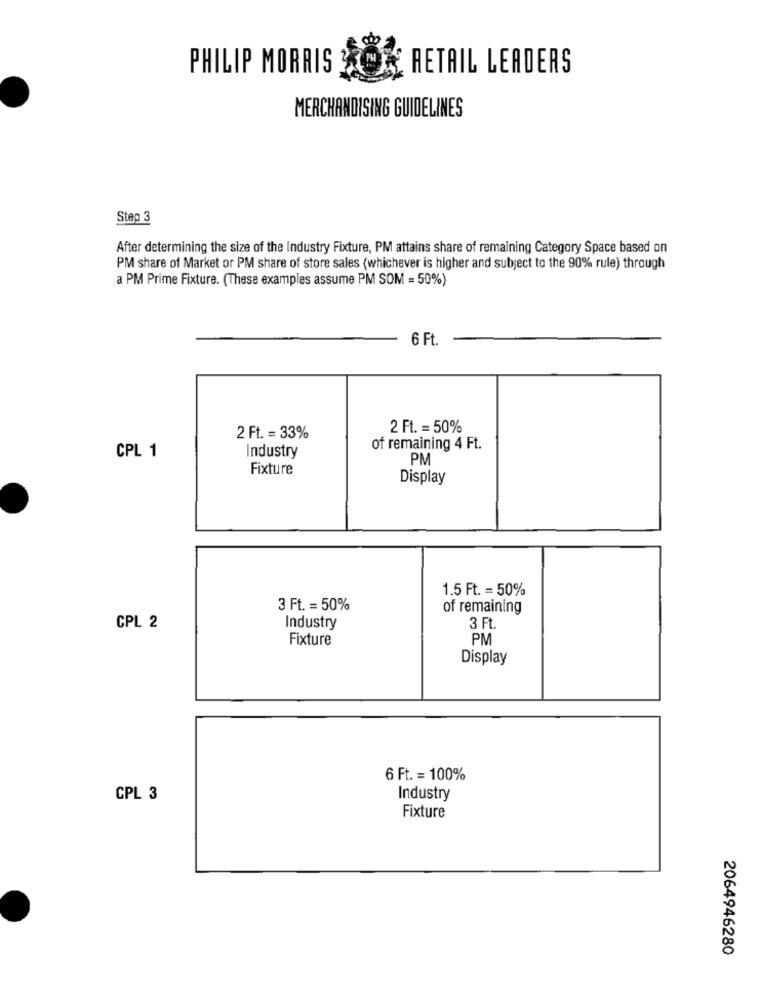
PHILIP MORRIS 3
RETAIL LEADERS
MERCHANDISING GUIDELINES
Step 3
After determining the size of the Industry Fixture, PM attains share of remaining Category Space based on
PM share of Market or PM share of store sales (whichever is higher and subject to the 90% rule) through
a PM Prime Fixture. (These examples assume PM SOM = 50%)
6 Ft.
2 Ft. = 50%
2 Ft. = 33%
CPL 1
of remaining 4 Ft.
Industry
PM
Fixture
Display
1.5 Ft. = 50%
3 Ft. = 50%
of remaining
CPL 2
Industry
3 Ft.
Fixture
PM
Display
6 Ft. = 100%
CPL 3
Industry
Fixture
2064946280